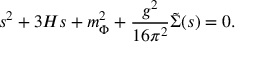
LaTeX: s ^ { 2 } + 3 H s + m _ { \Phi } ^ { 2 } + \frac { g ^ { 2 } } { 1 6 { \pi } ^ { 2 } } \tilde { \Sigma } ( s ) = 0 .